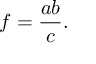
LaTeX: f = { \frac { a b } { c } } .